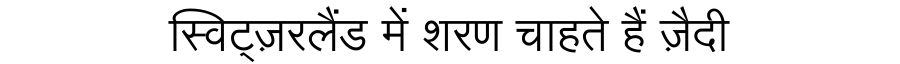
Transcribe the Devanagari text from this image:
स्विट्ज़रलैंड में शरण चाहते हैं ज़ैदी